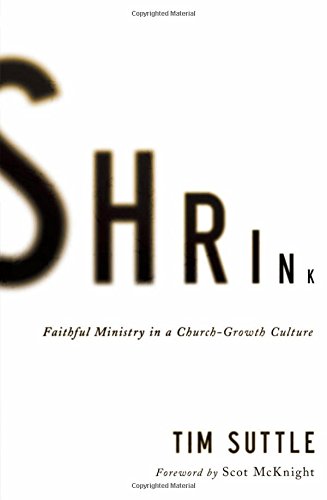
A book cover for Shrink: Faithful Ministry in a Church-Growth Culture; Tim Suttle; Christian Books & Bibles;